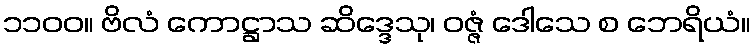
၁၁၀၀။ ဗိလံ ကောဋ္ဌာသ ဆိဒ္ဒေသု၊ ဝဇ္ဇံ ဒေါသေ စ ဘေရိယံ။